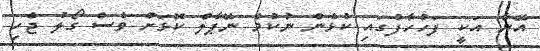
އޭނާ އަކީ ފަހުހާފުގައި ކުޅެން ނުކުމެ ނޭޕާލް ކޮޅަށް ވެސް ގޯލު ޖެހި